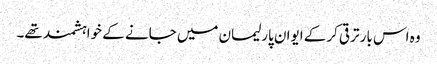
وہ اس بار ترقی کرکے ایوان پارلیمان میں جانے کے خواہشمند تھے۔